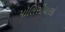
પૉલિસીધારકો